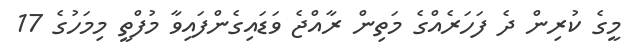
މީގެ ކުރިން ދެ ފަހަރެއްގެ މަތިން ރާއްޖެ ވަޑައިގެންފައިވާ މުފްތީ މިމަހުގެ 17